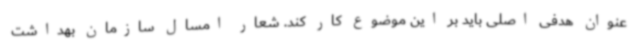
عنوان هدفی اصلی باید بر این موضوع کار کند. شعار امسال سازمان بهداشت